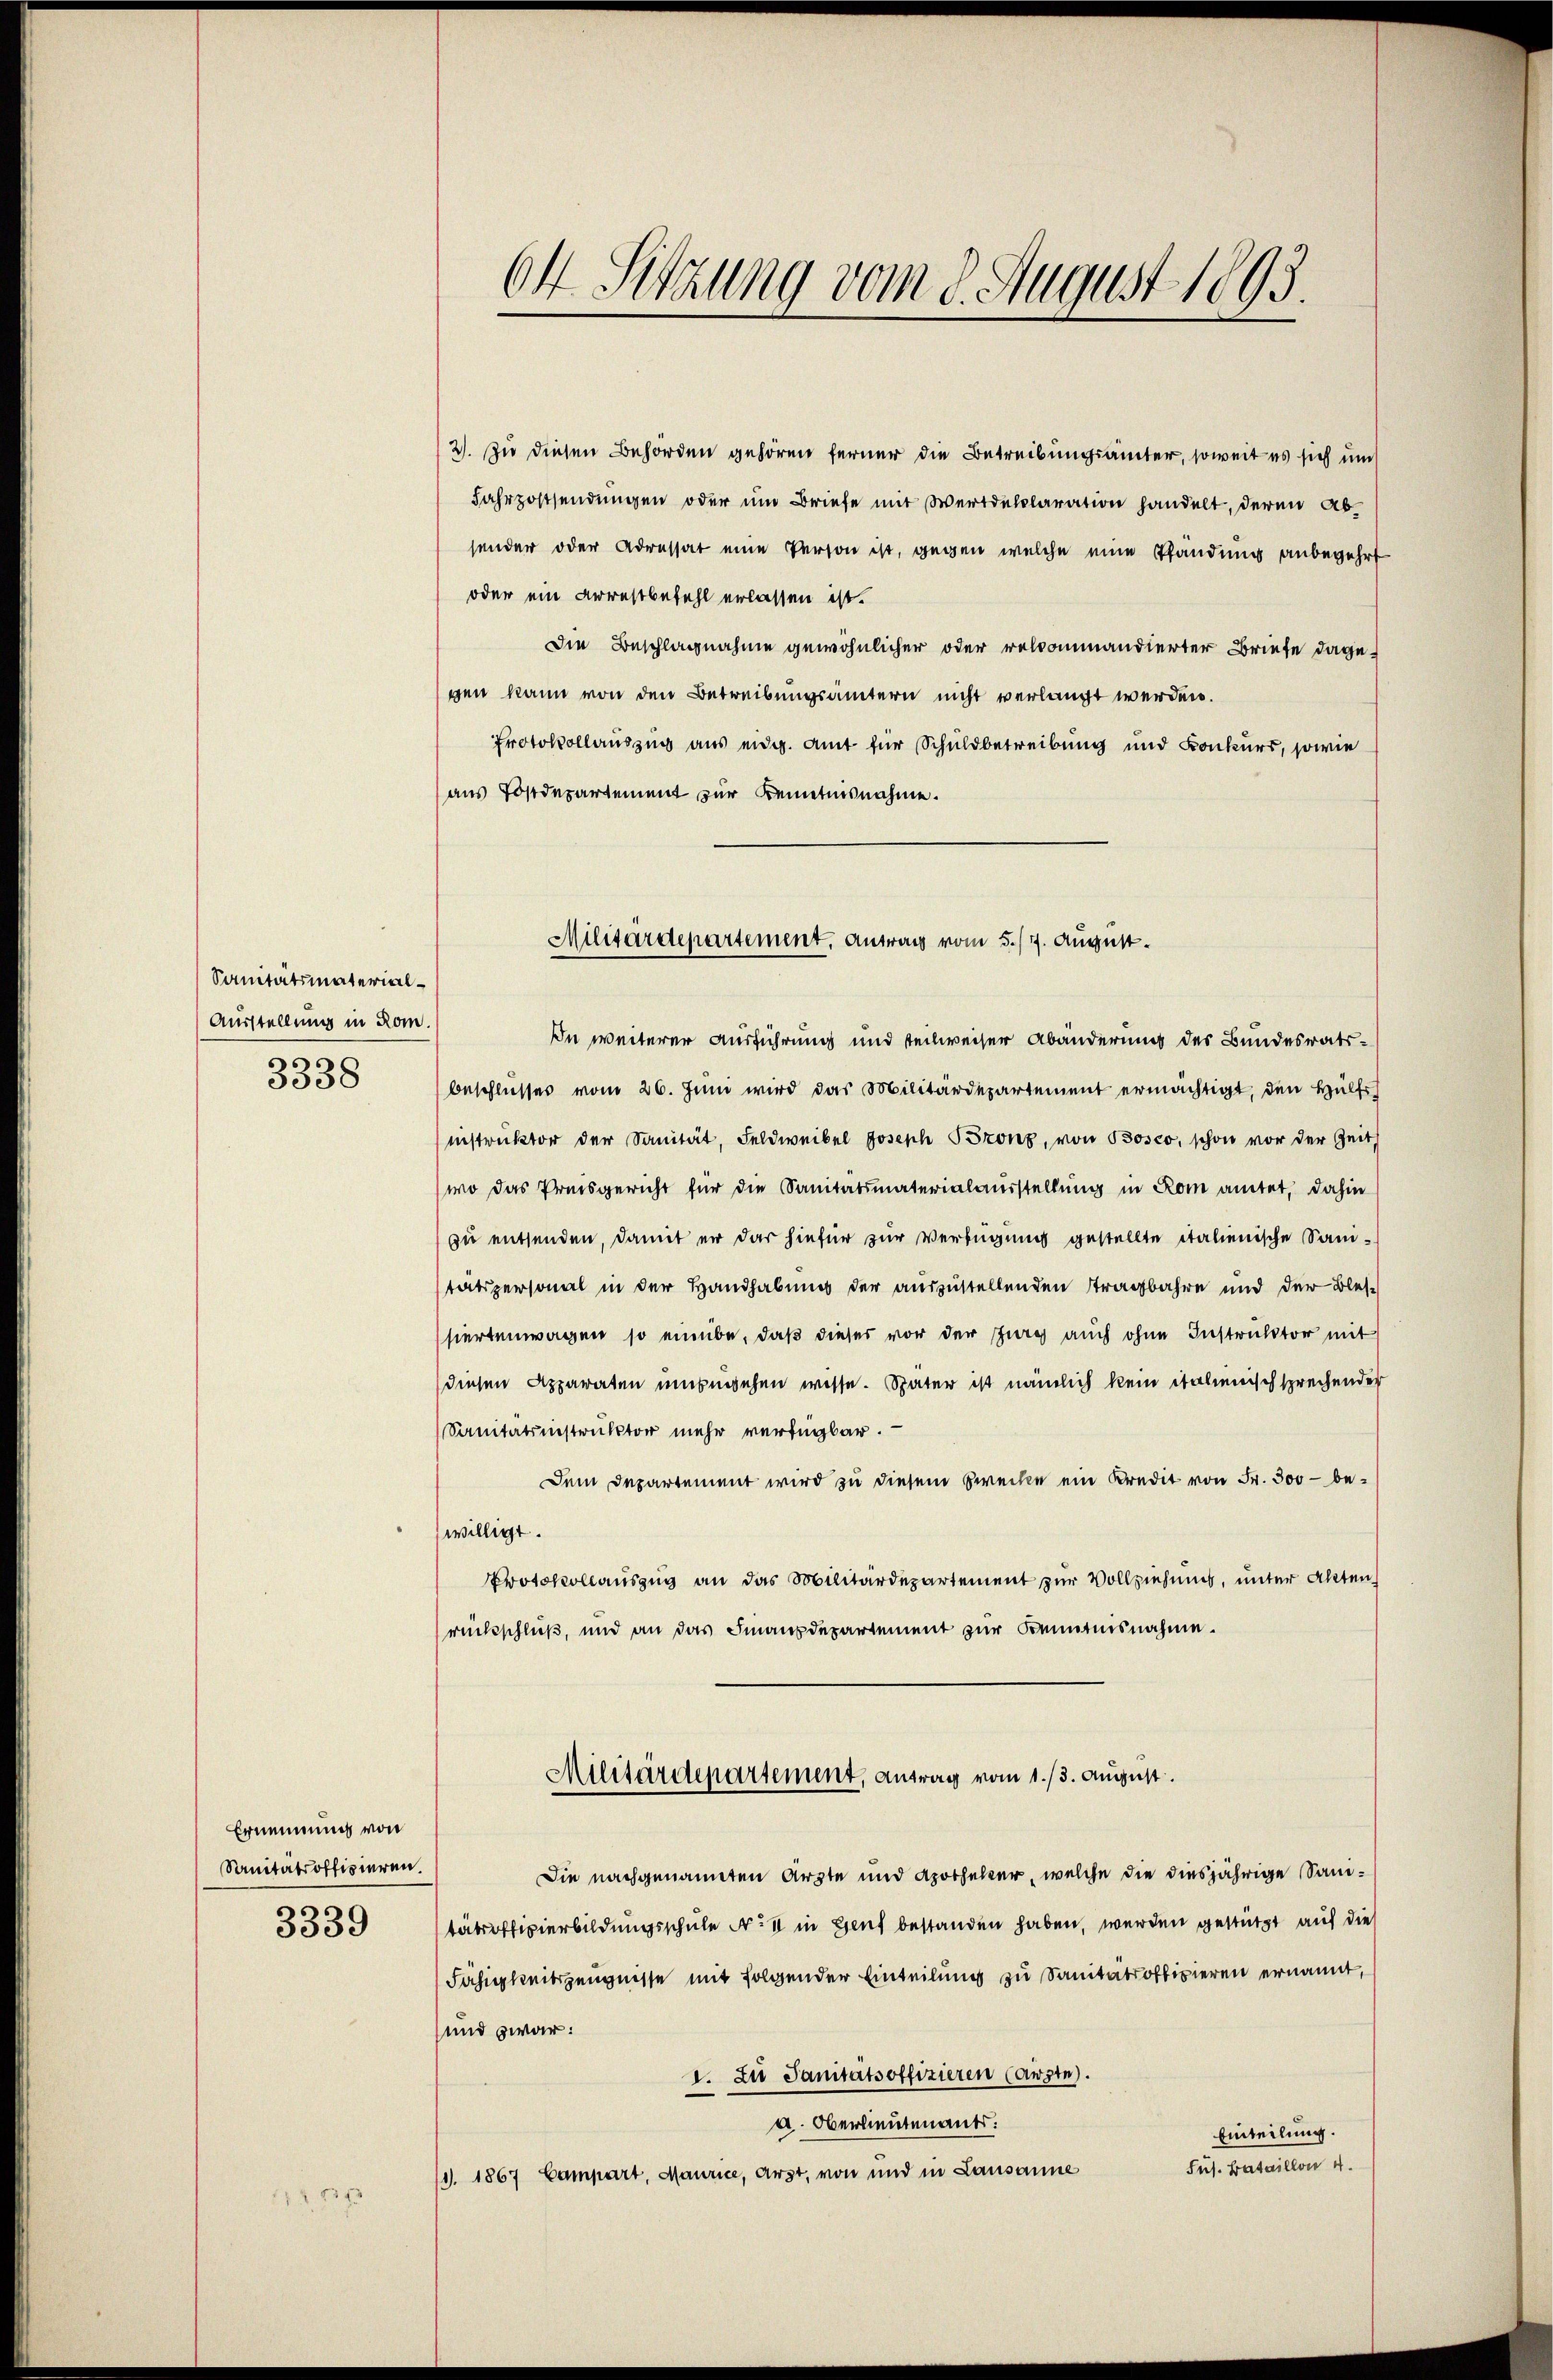
Sanitätsmaterial¬
Ausstellung in Rom.
3338

Ernennung von
Sanitätsoffizieren.
3339

7

2). Zu diesen Behörden gehören ferner die Betreibungsämter, soweit es sich un
Fahrpostsendungen oder um Briefe mit Werdellaration handelt, deren Absender oder Adressat eine Person ist, gegen welche eine Pfändung anbegehrt
oder ein Arrestbefehl erlassen ist.
Die Beschlagnahme gewöhnlicher oder relcommandierter Briefe dage-
gen kann von den Betreibungsämtern nicht verlangt werden.
Protokollauszug aus eidg. Amt für Schuldbetreibung und Konkurs, sowie
aus Postdepartement zur Kenntnisnahme.
Du weiterer Ausführung und teilweiser Abänderung des Bundesrats-
beschlusses vom 26. Juni wird das Militärdepartement ermächtigt, den Hülfs
instruktor der Sanität, Feldweibel Joseph Szonz, von Bosco, schon vor der Zeit
wo das Preisgericht für die Sanitätsmaterialausstellung in Rom amtet, dahin
zu entsenden, damit er das hiefür zur Verfügung gestellte italienische Sanitätspersonal in der Handhabung der auszustellenden Stragbahre und der Bles-
siertenwagen so einübe, daß dieser vor der Zurg auch ohne Instruktor mit
diesen Apparaten umzugehen wisse. Später ist nämlich kein italienisch sprechenden
Sanitätsinstruktor mehr verfügbar.
Dem Departement wird zu diesem Strecke ein Kredit von Fr. 300 - bewilligt.
Protokollauszug an das Militärdepartement zur Vollziehung, unter Akten
rückschluß, und an das Finanzdepartement zur Kenntnisnahme.
Militärdepartement, antrag vom 1. /3. August.
Die nachgenannten Ärzte und Apotheker, welche die diesjährige Sanitätsoffizierbildungsschule No 11 in Genf bestanden haben, werden gestützt auf die
Fähigkeitszeugnisse mit folgender Einteilung zu Sanitätsoffizieren ernannt,
und zwar:
1. Zu Sanitätsoffizieren (auste).
a. Oberlieutenants:
Einteilung.
Fus. Bataillon 4.
/1. 1867 Campart, Maurice, Arzt, von und in Lausanne

04 Sitzung vom 8. August 1895.

Militärdepartement, antrag vom 5./7. August.